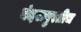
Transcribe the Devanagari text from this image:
बंदरापुरतीच